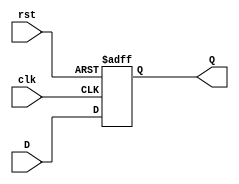
`timescale 1ns / 1ps
module dff(input clk, input rst, input D, output reg Q);
    always @ (posedge clk or posedge rst) begin
        if (rst)
            Q <= 1'b0;
        else 
            Q <= D;
    end
endmodule